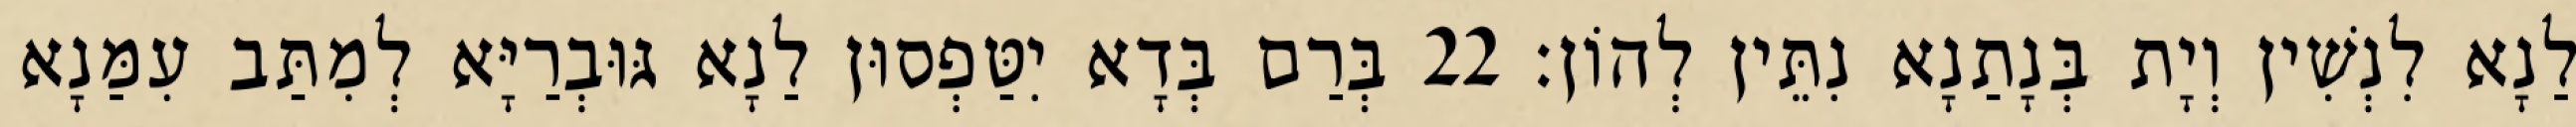
לַנָא לִנְשִׁין וְיָת בְּנָתַנָא נִתֵּין לְהוֹן׃ 22 בְּרַם בְּדָא יִטַּפְסוּן לַנָא גּוּבְרַיָּא לְמִתַּב עִמַּנָא